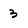
Character: 3